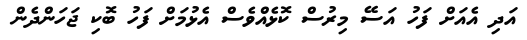
އަދި އެއަށް ފަހު އަސޭ މިރުސް ކޮޅެއްވެސް އެޅުމަށް ފަހު ބޮކި ޖަހަންދެން